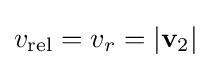
v_{\text{rel}}=v_{r}=|\mathbf {v} _{2}|